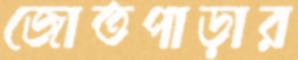
জোতপাড়ার